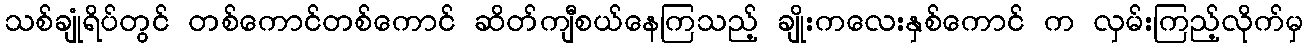
သစ်ချုံရိပ်တွင် တစ်ကောင်တစ်ကောင် ဆိတ်ကျီစယ်နေကြသည့် ချိုးကလေးနှစ်ကောင် က လှမ်းကြည့်လိုက်မှ